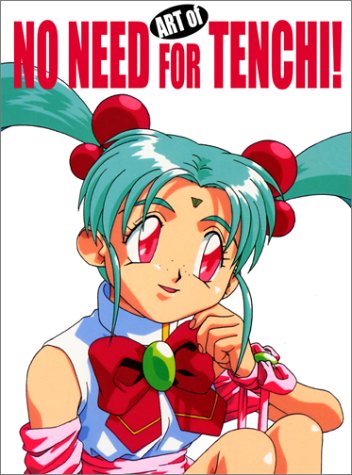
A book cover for Art of No Need for Tenchi!; Comics & Graphic Novels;